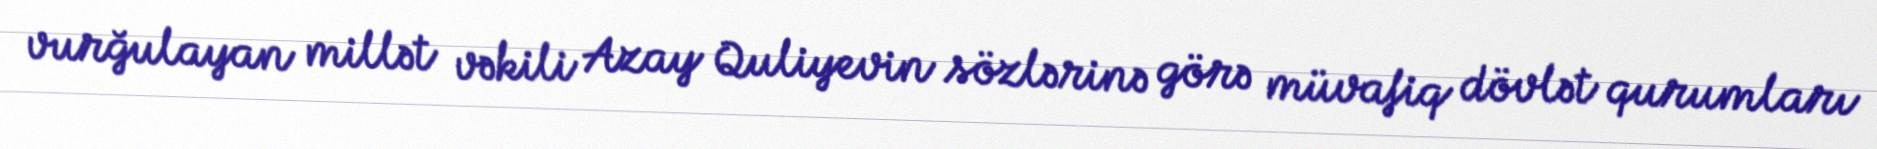
vurğulayan millət vəkili Azay Quliyevin sözlərinə görə müvafiq dövlət qurumları